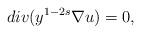
LaTeX: \begin{align*} div(y^{1-2s}\nabla u)=0,\end{align*}